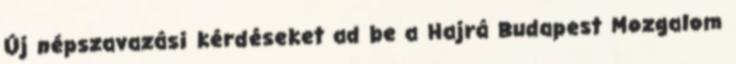
Új népszavazási kérdéseket ad be a Hajrá Budapest Mozgalom